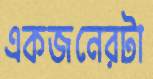
একজনেরটা